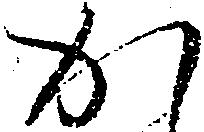
か